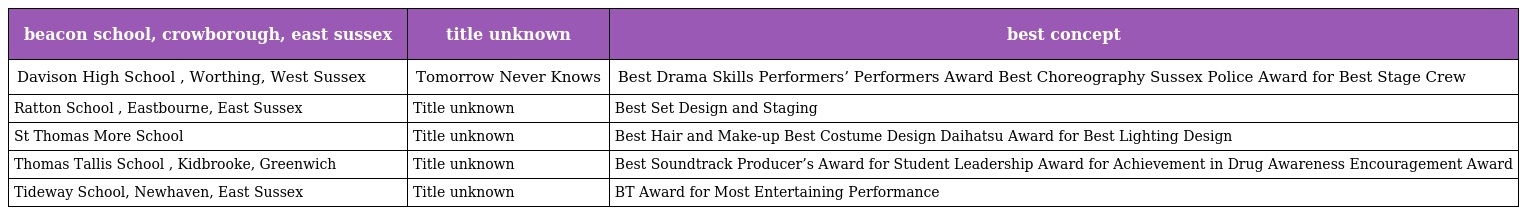
| beacon school, crowborough, east sussex | title unknown | best concept |
 | --- | --- | --- |
 | Davison High School , Worthing, West Sussex | Tomorrow Never Knows | Best Drama Skills Performers’ Performers Award Best Choreography Sussex Police Award for Best Stage Crew |
 | Ratton School , Eastbourne, East Sussex | Title unknown | Best Set Design and Staging |
 | St Thomas More School | Title unknown | Best Hair and Make-up Best Costume Design Daihatsu Award for Best Lighting Design |
 | Thomas Tallis School , Kidbrooke, Greenwich | Title unknown | Best Soundtrack Producer’s Award for Student Leadership Award for Achievement in Drug Awareness Encouragement Award |
 | Tideway School, Newhaven, East Sussex | Title unknown | BT Award for Most Entertaining Performance |